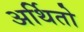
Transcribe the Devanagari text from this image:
अर्थितो